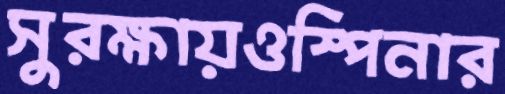
সুরক্ষায়ওস্পিনার